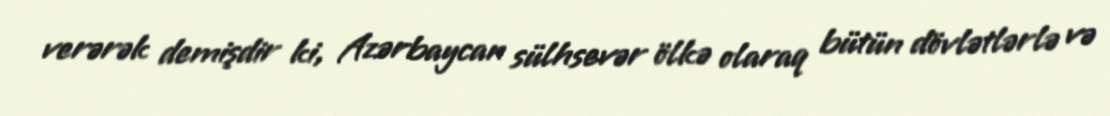
verərək demişdir ki, Azərbaycan sülhsevər ölkə olaraq bütün dövlətlərlə və